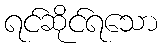
ရင်ဆိုင်ရသော